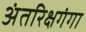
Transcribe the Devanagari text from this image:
अंतरिक्षगंगा